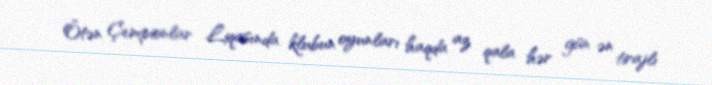
Ötən Çempionlar Liqasında klubun oyunları haqda az qala hər gün ən tirajlı